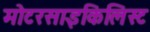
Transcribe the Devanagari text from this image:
मोटरसाइकिलिस्ट